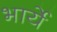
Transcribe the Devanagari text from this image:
भार्ये